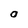
Character: 0